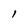
Character: l